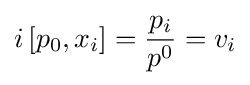
i\left[p_{0},x_{i}\right]={\frac {p_{i}}{p^{0}}}=v_{i}